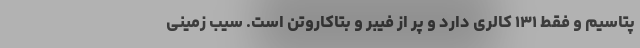
پتاسیم و فقط ۱۳۱ کالری دارد و پر از فیبر و بتاکاروتن است. سیب زمینی